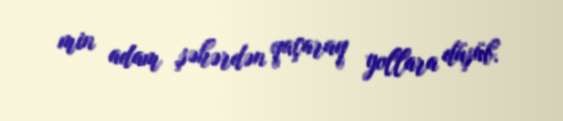
min adam şəhərdən qaçaraq yollara düşüb.